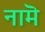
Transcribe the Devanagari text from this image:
नामॆ